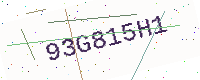
Text: 93G815H1